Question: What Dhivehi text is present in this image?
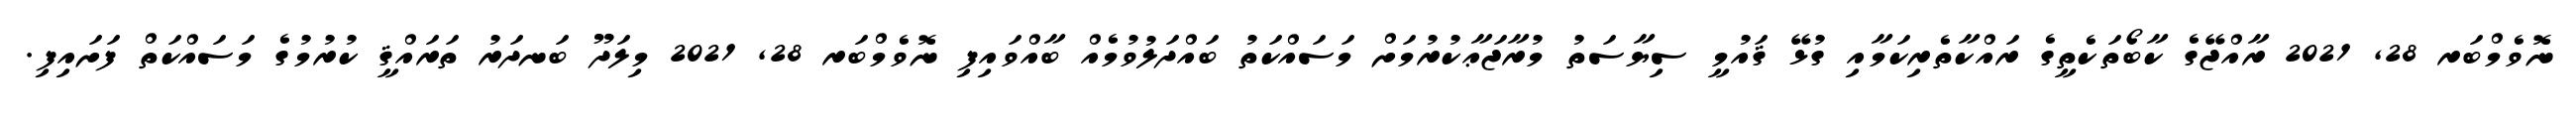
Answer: ނޮވެމްބަރ 28, 2021 ރާއްޖޭގެ ކާބޯތަކެތީގެ ރައްކާތެރިކަމާއި ގުޅޭ ޤައުމީ ސިޔާސަތު މުރާޖަޢާކުރުމަށް މަސައްކަތު ބައްދަލުވުމެއް ބާއްވައިފި ނޮވެމްބަރ 28, 2021 މިލަދޫ ބަނދަރު ތަރައްޤީ ކުރުމުގެ މަސައްކަތް ފަށައިފި.